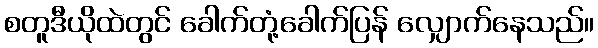
စတူဒီယိုထဲတွင် ခေါက်တုံ့ခေါက်ပြန် လျှောက်နေသည်။